Newspaper: The Ohio Democrat.
Place of publication: Logan, O. [Ohio]
Publisher: Brehm & White
Date: 1895-02-02 00:00:00
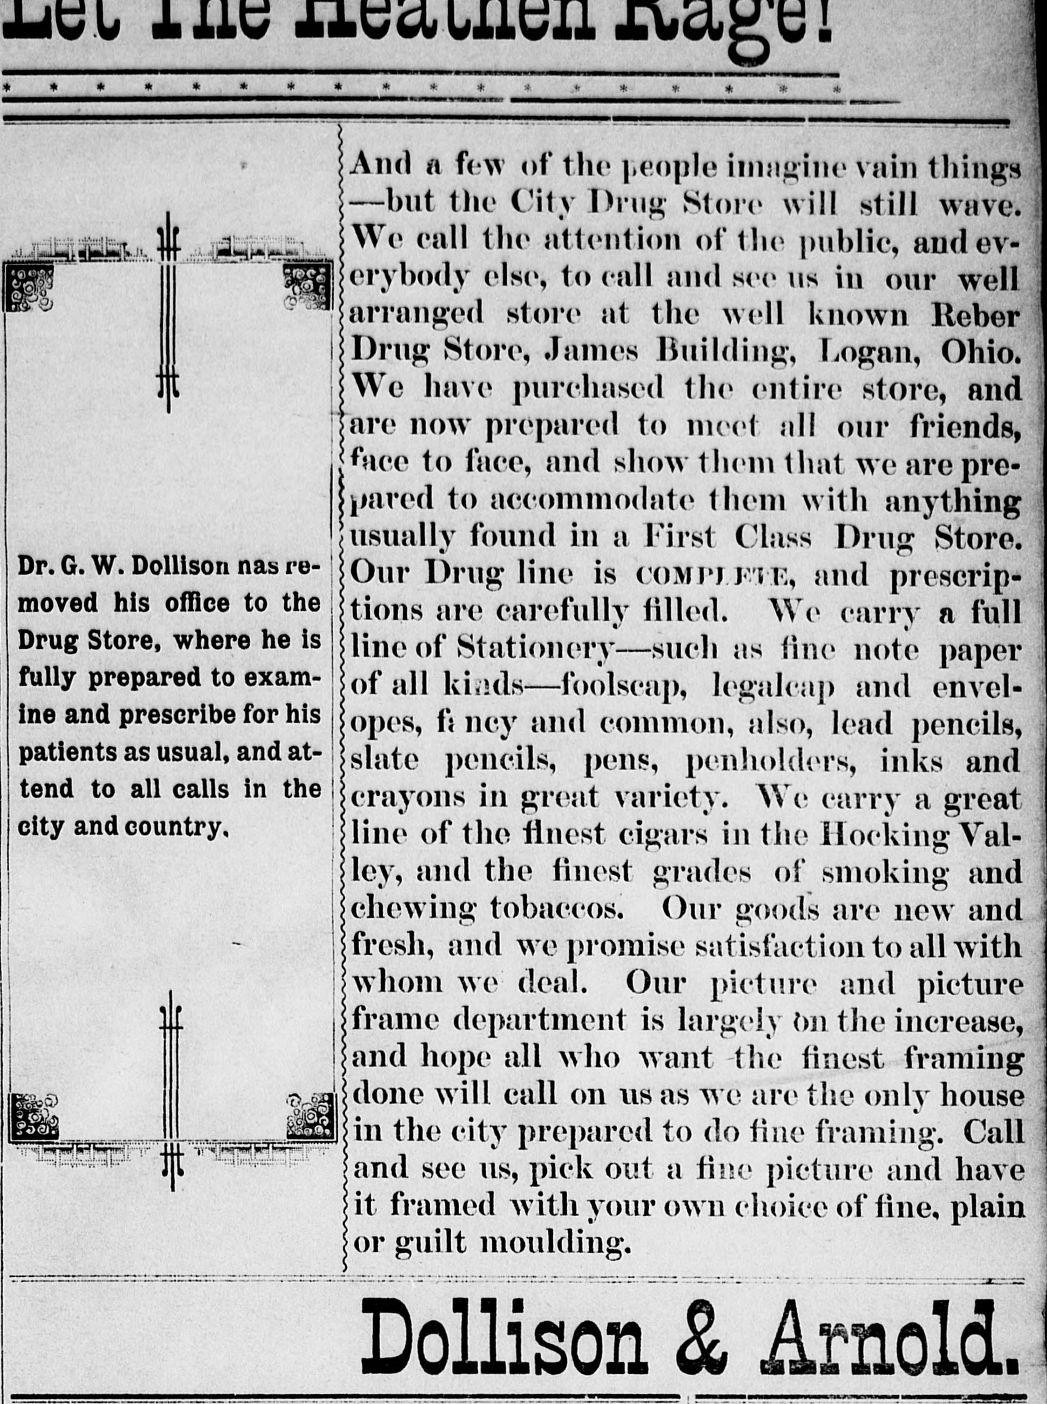
Advertisement text (OCR):
j- ji. !'UVlv.x. Dr. G. W. Dollison nas re moved his office to the Drug Store, where he is fully prepared to exam ine and prescribe for his patients as usual, and at tend to all calls in the city and country. JK-' .-.& - I j ir5 ri .;. M firTS."' ' ' J1L 'V-'g?wfrih'",V",H' v i ' ' ' ( ) And a few of the iteoplc iimighic vain tilings but the City Drug Storo will still wave. We call the attention of the public, and ev erybody else, to call and see us in our well arranged store at the well known Reber Drug Store, James Building, Logan, Ohio. We have purchased the entire store, and are now prepared to meet ill our friends, face to face, and show them that we are pre pared to accommodate them with anything usually found in a First Class Drug Store. Our Drug line is compute, and prescrip tions are carefully filled. We carry a full line of Stationery such as fine note paper of all kinds foolscap, legalcap and envel opes, h ncy and common, also, lead pencils, slate pencils, pens, penholders, inks and crayons in great variety. We carry a great i lino of the finest cigars in the Hocking Yal- ;lcy, and the finest grades of smoking and ; chewing tobaccos! Our goods are new and ifrcsh, and wo promise satisfaction to all with ;whom Ave deal. Our picture and picture frame department is largely on the increase, and hope all who want -the finest framing done will call on ns as we are the only house in the city prepared to do fine framing. Call ;and see us, pick out a fine picture and have it framed with your own choice of line, plain or guilt moulding. Dollison & Arnold. 1 -"- "
Label: illustrations